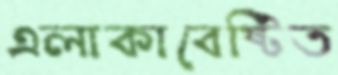
এলাকাবেষ্টিত